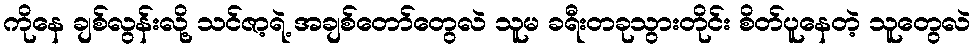
ကိုနေ ချစ်လွန်းလို့ သင်ဇာ့ရဲ့ အချစ်တော်တွေလဲ သူမ ခရီးတခုသွားတိုင်း စိတ်ပူနေတဲ့ သူတွေလဲ